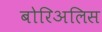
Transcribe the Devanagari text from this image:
बोरिअलिस